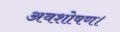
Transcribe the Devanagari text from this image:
अवशोषण।